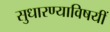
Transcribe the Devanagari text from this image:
सुधारण्याविषयीं